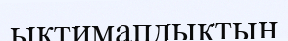
ықтимапдықтың